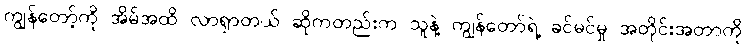
ကျွန်တော့်ကို အိမ်အထိ လာရှာတယ် ဆိုကတည်းက သူနဲ့ ကျွန်တော်ရဲ့ ခင်မင်မှု အတိုင်းအတာကို